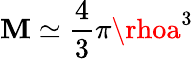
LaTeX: \mathbf{M}\simeq{\frac{{4}}{{3}}}\pi\rhoa^{3}